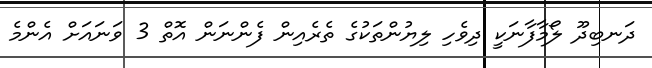
ދަނބިދޫ ލޯމާފާނަކީ ދިވެހި ލިޔުންތަކުގެ ތެރެއިން ފެންނަން އޮތް 3 ވަނައަށް އެންމެ